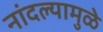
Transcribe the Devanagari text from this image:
नांदल्यामुळे